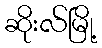
ဆိုးလ်မြို့